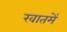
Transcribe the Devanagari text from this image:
खातमें